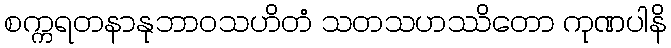
စက္ကရတနာနုဘာဝသဟိတံ သတသဟဿိတော ကုဏပါနိ